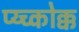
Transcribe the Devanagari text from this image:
प्य्च्कोक्क